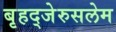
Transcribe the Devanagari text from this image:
बृहद्‌जेरुसलेम